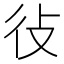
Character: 𫹏